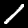
Digit: 1